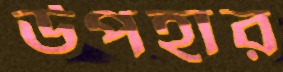
উপহার